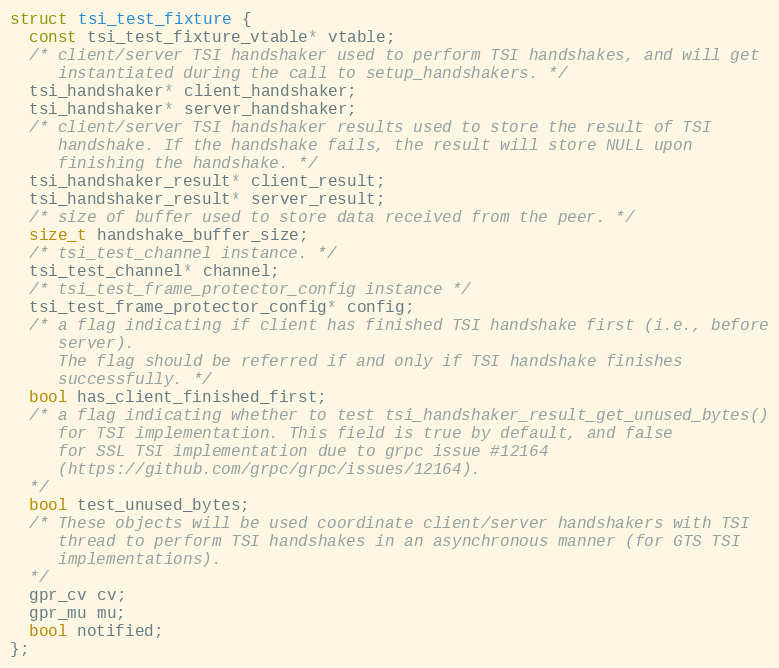
Language: C
struct tsi_test_fixture {
  const tsi_test_fixture_vtable* vtable;
  /* client/server TSI handshaker used to perform TSI handshakes, and will get
     instantiated during the call to setup_handshakers. */
  tsi_handshaker* client_handshaker;
  tsi_handshaker* server_handshaker;
  /* client/server TSI handshaker results used to store the result of TSI
     handshake. If the handshake fails, the result will store NULL upon
     finishing the handshake. */
  tsi_handshaker_result* client_result;
  tsi_handshaker_result* server_result;
  /* size of buffer used to store data received from the peer. */
  size_t handshake_buffer_size;
  /* tsi_test_channel instance. */
  tsi_test_channel* channel;
  /* tsi_test_frame_protector_config instance */
  tsi_test_frame_protector_config* config;
  /* a flag indicating if client has finished TSI handshake first (i.e., before
     server).
     The flag should be referred if and only if TSI handshake finishes
     successfully. */
  bool has_client_finished_first;
  /* a flag indicating whether to test tsi_handshaker_result_get_unused_bytes()
     for TSI implementation. This field is true by default, and false
     for SSL TSI implementation due to grpc issue #12164
     (https://github.com/grpc/grpc/issues/12164).
  */
  bool test_unused_bytes;
  /* These objects will be used coordinate client/server handshakers with TSI
     thread to perform TSI handshakes in an asynchronous manner (for GTS TSI
     implementations).
  */
  gpr_cv cv;
  gpr_mu mu;
  bool notified;
};